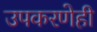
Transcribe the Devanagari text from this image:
उपकरणेही